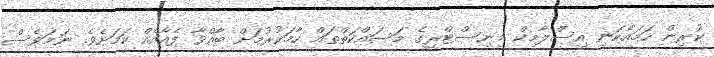
ކުރިން ހަމައެކަނި އިސްލާމިކް މިނިސްޓްރީގެ މަސައްކަތްތައް ހާމަކުރުމަށް ބާއްވާ ފެއާއެއް ކަމަށެވެ. ނަމަވެސް